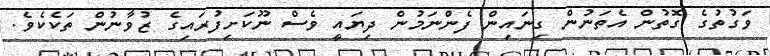
ވަގުތުގެ ގޮތުން އެތަނުން ގިނައިން ފެންނަަމުން ދިޔައީ ވެސް ނޫކަށިފުރައިގެ ޒުވާނުން ތަކެކެވެ.